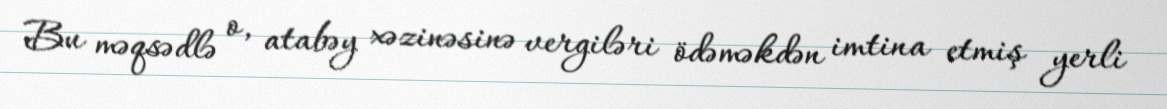
Bu məqsədlə o, atabəy xəzinəsinə vergiləri ödəməkdən imtina etmiş yerli